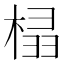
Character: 榋